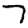
Digit: 7